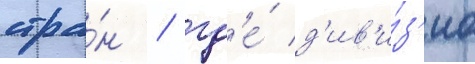
стра́н / гд'е́ д'ив'и́з'иа